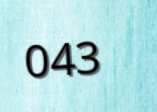
043